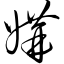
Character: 媾